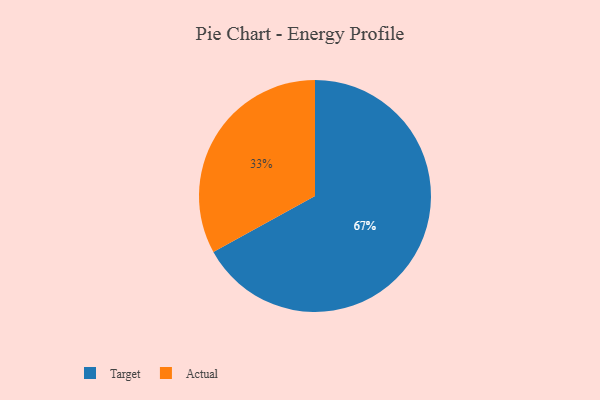
{"axis": {"x": "Category", "y": "Percentage"}, "legend": ["Actual", "Target"], "data": [{"x": "Actual", "y": 33, "type": "Actual"}, {"x": "Target", "y": 67, "type": "Target"}]}